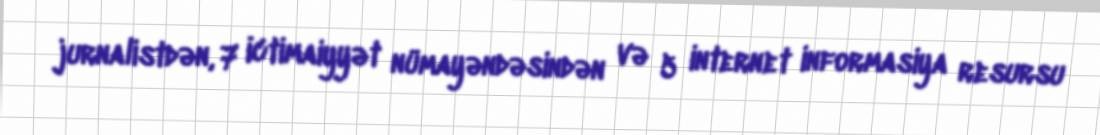
jurnalistdən, 7 ictimaiyyət nümayəndəsindən və 5 internet informasiya resursu